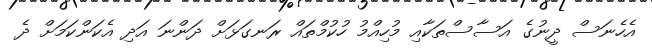
އެހެނަސް ދީނުގެ އަސާސްތަކާއި މުހިއްމު ހުކުމްތައް ރަނގަޅަށް ދަންނަ އަދި އެކަންކަމަށް ދެ